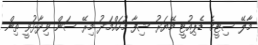
މާލޭ ސިޓީގެ ޑެޕިއުޓީ މޭޔަރު ޝިފާ މުހައްމަދު މިރޭ ސަން ވިދާޅުވީ ތިން